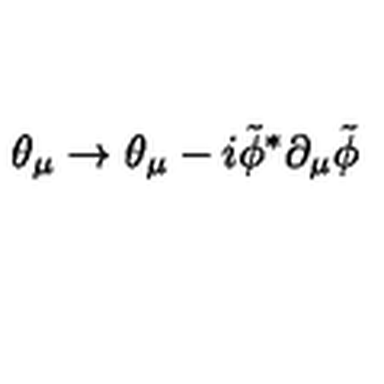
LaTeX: \theta _ { \mu } \to \theta _ { \mu } - i { \tilde { \phi } } ^ { * } \partial _ { \mu } { \tilde { \phi } }